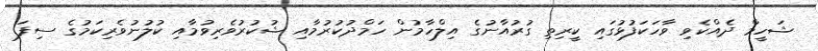
ޝަހީމް ދެއްކެވި ވާހަކަފުޅުގައި ކީރިތި ގުރުއާނުގެ އިލްހާމުން ހަމްދުކުރުމާއި ޝުކުރުވެރިވުމާއި ކުލުނުވެރިކަމުގެ ސިފަ